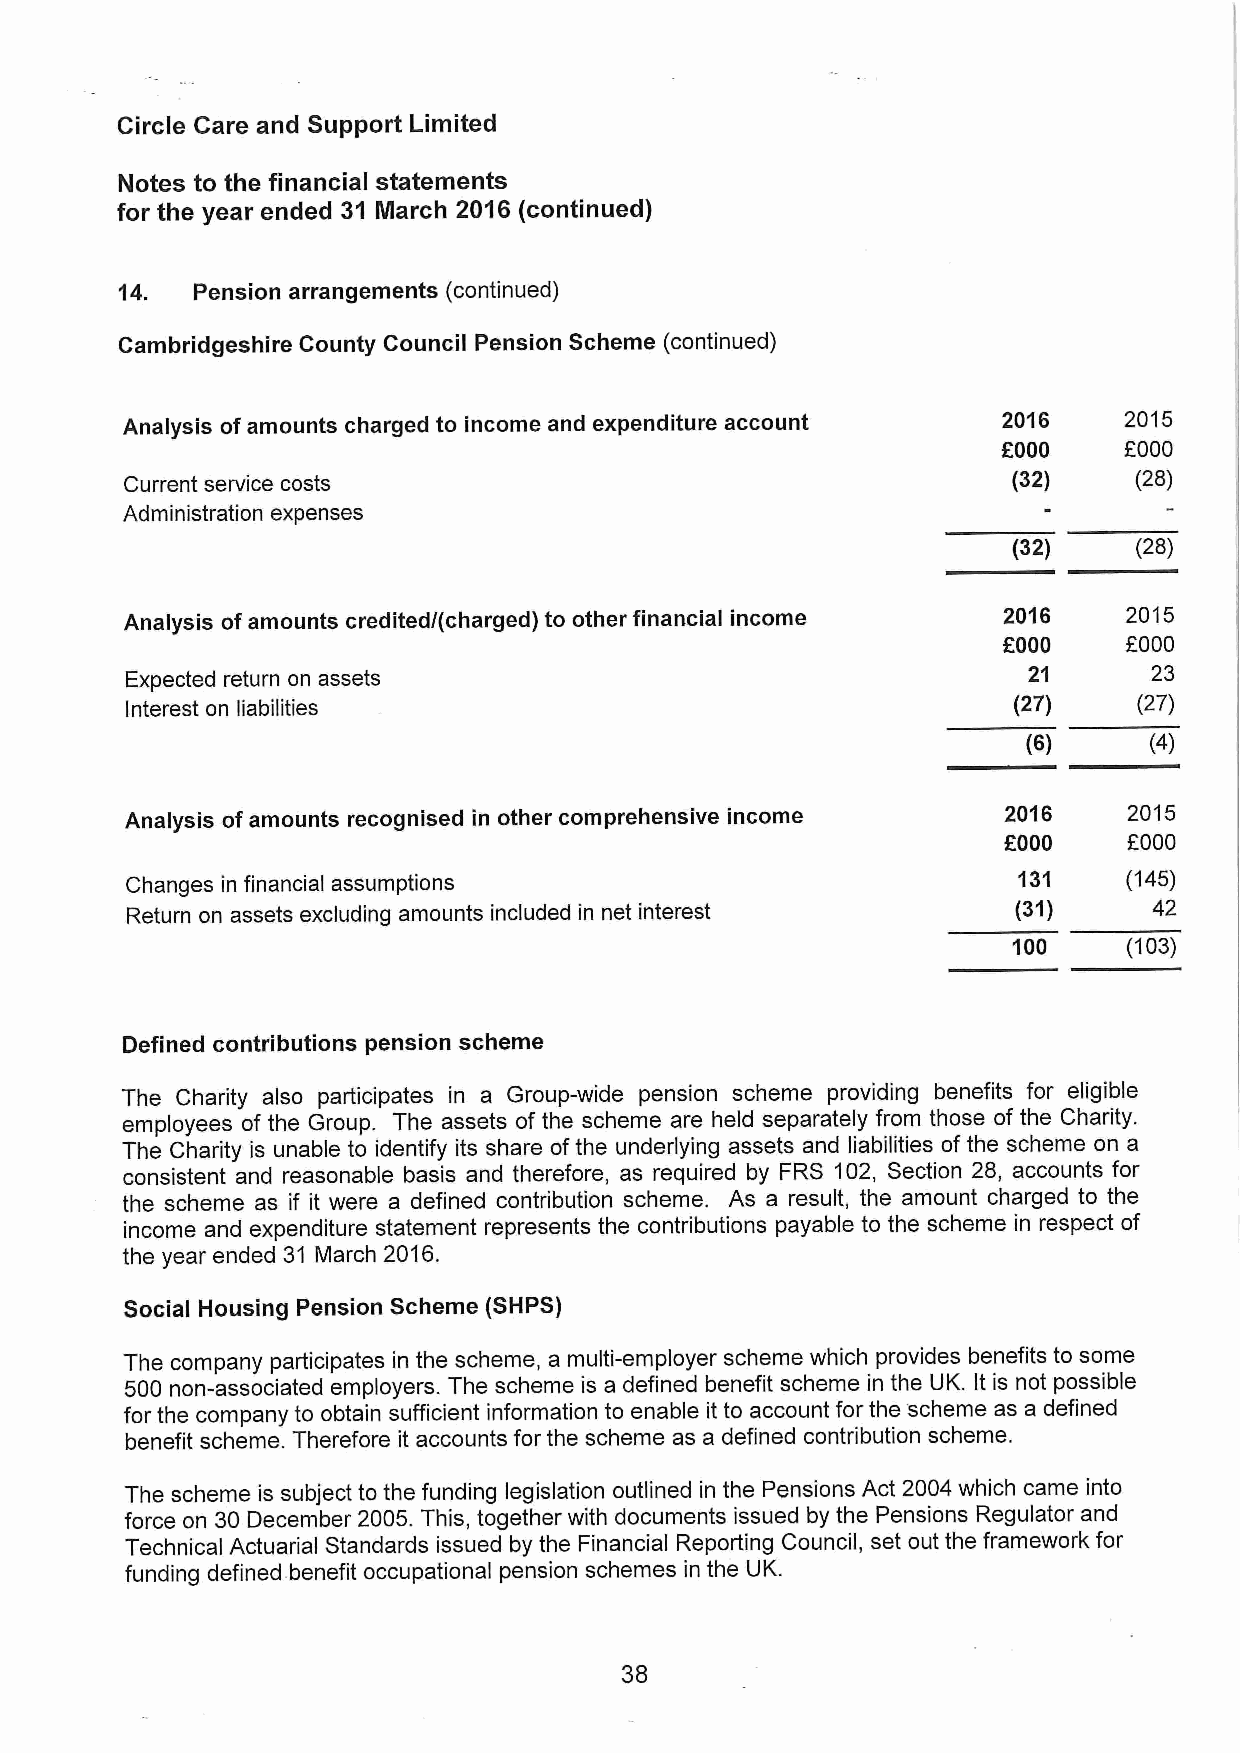
Circle Care and Support Limited
 Notes to the financial statements
 for the year ended 31 March 2016 (continued)
 14.  Pension arrangements (continued)
 Cambridgeshire County Council Pension Scheme (continued)
 Analysis of amounts charged to income and expenditure account 2016 2015
 f000
 FOOO
 Current service costs                                      (32)    (28)
 Administration expenses
 (32)    (28)
 Analysis of amounts credited/(charged) to other financial income 2016 2015
 f000     f000
 Expected return on assets                                   21      23
 Interest on liabilities                                    (27)    (27)
 (6)     (4)
 Analysis of amounts recognised in other comprehensive income 2016  2015
 f000     f000
 Changes in financial assumptions                           131     (145)
 Return on assets excluding amounts included in net interest (31)    42
 100     (103)
 Defined contributions pension scheme
 The Charity also participates in a Group-wide pension scheme providing benefits for eligible
 employees of the Group. The assets of the scheme are held separately from those of the Charity.
 The Charity is unable to identify its share ofthe underlying assets and liabilities of the scheme on a
 consistent and reasonable basis and therefore, as required by FRS 102, Section 28, accounts for
 the scheme as if it were a defined contribution scheme. As a result, the amount charged to the
 income and expenditure statement represents the contributions payable to the scheme in respect of
 the year ended 31 March 2016.
 Social Housing Pension Scheme (SHPS)
 The company participates in the scheme, a multi-employer scheme which provides benefits to some
 500 non-associated employers. The scheme is a defined benefit scheme in the UK. It is not possible
 for the company to obtain sufficient information to enable it to account for the scheme as a defined
 benefit scheme. Therefore it accounts for the scheme as a defined contribution scheme.
 The scheme is subject to the funding legislation outlined in the Pensions Act 2004 which came into
 force on 30 December 2005.This, together with documents issued by the Pensions Regulator and
 Technical Actuarial Standards issued by the Financial Reporting Council, set out the framework for
 funding defined benefit occupational pension schemes in the UK.
 38